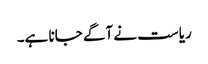
ریاست نے آگے جانا ہے۔